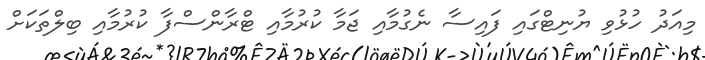
މިއަދު ހުޅުވި ޔުނިޓްގައި ފައިސާ ނެގުމާއި ޖަމާ ކުރުމާއި ޓްރާންސްފާ ކުރުމާއި ބިލްތަކަށް